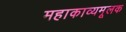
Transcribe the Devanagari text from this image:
महाकाव्यमूलक